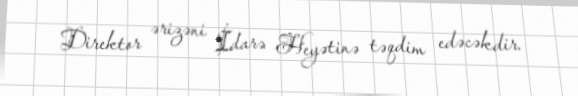
Direktor ərizəni İdarə Heyətinə təqdim edəcəkdir.